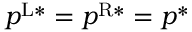
p ^ { \mathrm { L } * } = p ^ { \mathrm { R } * } = p ^ { * }